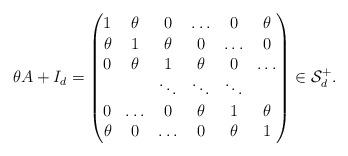
LaTeX: \begin{align*}\theta A+I_d=\begin{pmatrix}1 & \theta & 0 &\hdots& 0 & \theta\cr\theta & 1 & \theta & 0 &\hdots& 0\cr 0 & \theta & 1 & \theta & 0&\hdots\cr & & \ddots&\ddots & \ddots& \cr0&\hdots & 0 & \theta & 1 & \theta\cr \theta & 0 &\hdots& 0 & \theta & 1\end{pmatrix}\in \mathcal{S}_d^+. \end{align*}